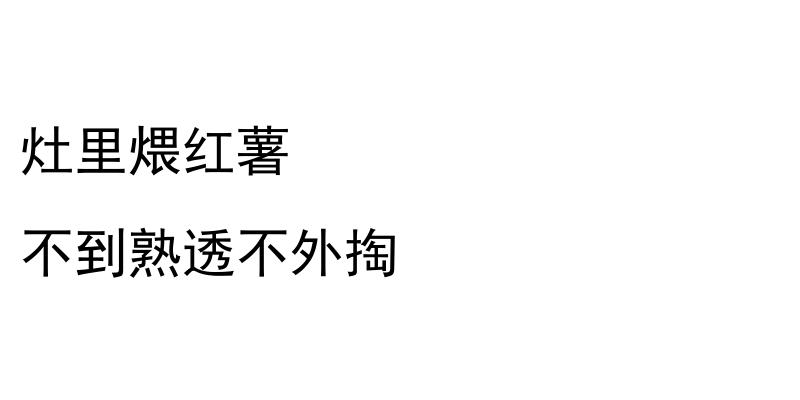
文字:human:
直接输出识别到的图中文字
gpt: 灶里煨红薯 不到熟透不外掏